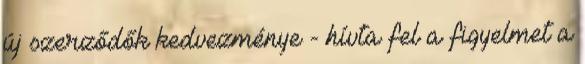
új szerződők kedvezménye - hívta fel a figyelmet a